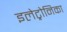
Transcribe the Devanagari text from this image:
इलेट्रोनिका